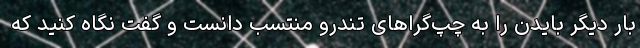
بار دیگر بایدن را به چپ‌گراهای تندرو منتسب دانست و گفت نگاه کنید که